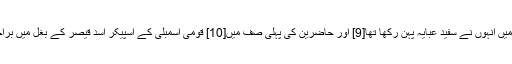
اس دوران میں انہوں نے سفید عبایہ پہن رکھا تھا[9] اور حاضرین کی پہلی صف میں[10] قومی اسمبلی کے اسپیکر اسد قیصر کے بغل میں براجمان رہیں۔